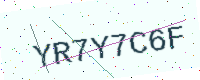
Text: YR7Y7C6F